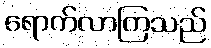
ရောက်လာကြသည်